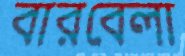
বারবেলা